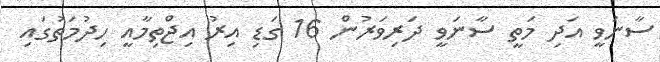
ސާނަވީ އަދި މަތީ ސާނަވީ ދަރިވަރުން 16 ގަޑި އިރު އިޖްތިމާއީ ހިދުމަތުގައި